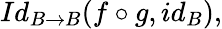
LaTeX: Id_{B\rightarrow B}(f\circ g,id_{B}),